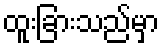
ထူးခြားသည်မှာ